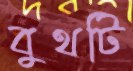
বুথটি